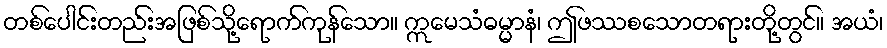
တစ်ပေါင်းတည်းအဖြစ်သို့ရောက်ကုန်သော။ ဣမေသံဓမ္မာနံ၊ ဤဖဿစသောတရားတို့တွင်။ အယံ၊